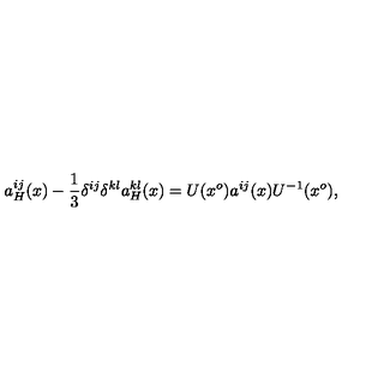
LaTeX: a _ { H } ^ { i j } ( x ) - \frac { 1 } { 3 } \delta ^ { i j } \delta ^ { k l } a _ { H } ^ { k l } ( x ) = U ( x ^ { o } ) a ^ { i j } ( x ) U ^ { - 1 } ( x ^ { o } ) ,